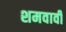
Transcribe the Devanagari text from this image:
शमवावी